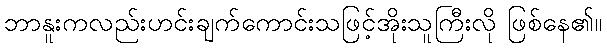
ဘာနူးကလည်းဟင်းချက်ကောင်းသဖြင့်အိုးသူကြီးလို ဖြစ်နေ၏။